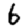
Digit: 6